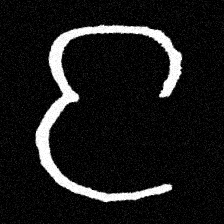
Pyu character \u2014 Myanmar letter: င (romanized: nga)